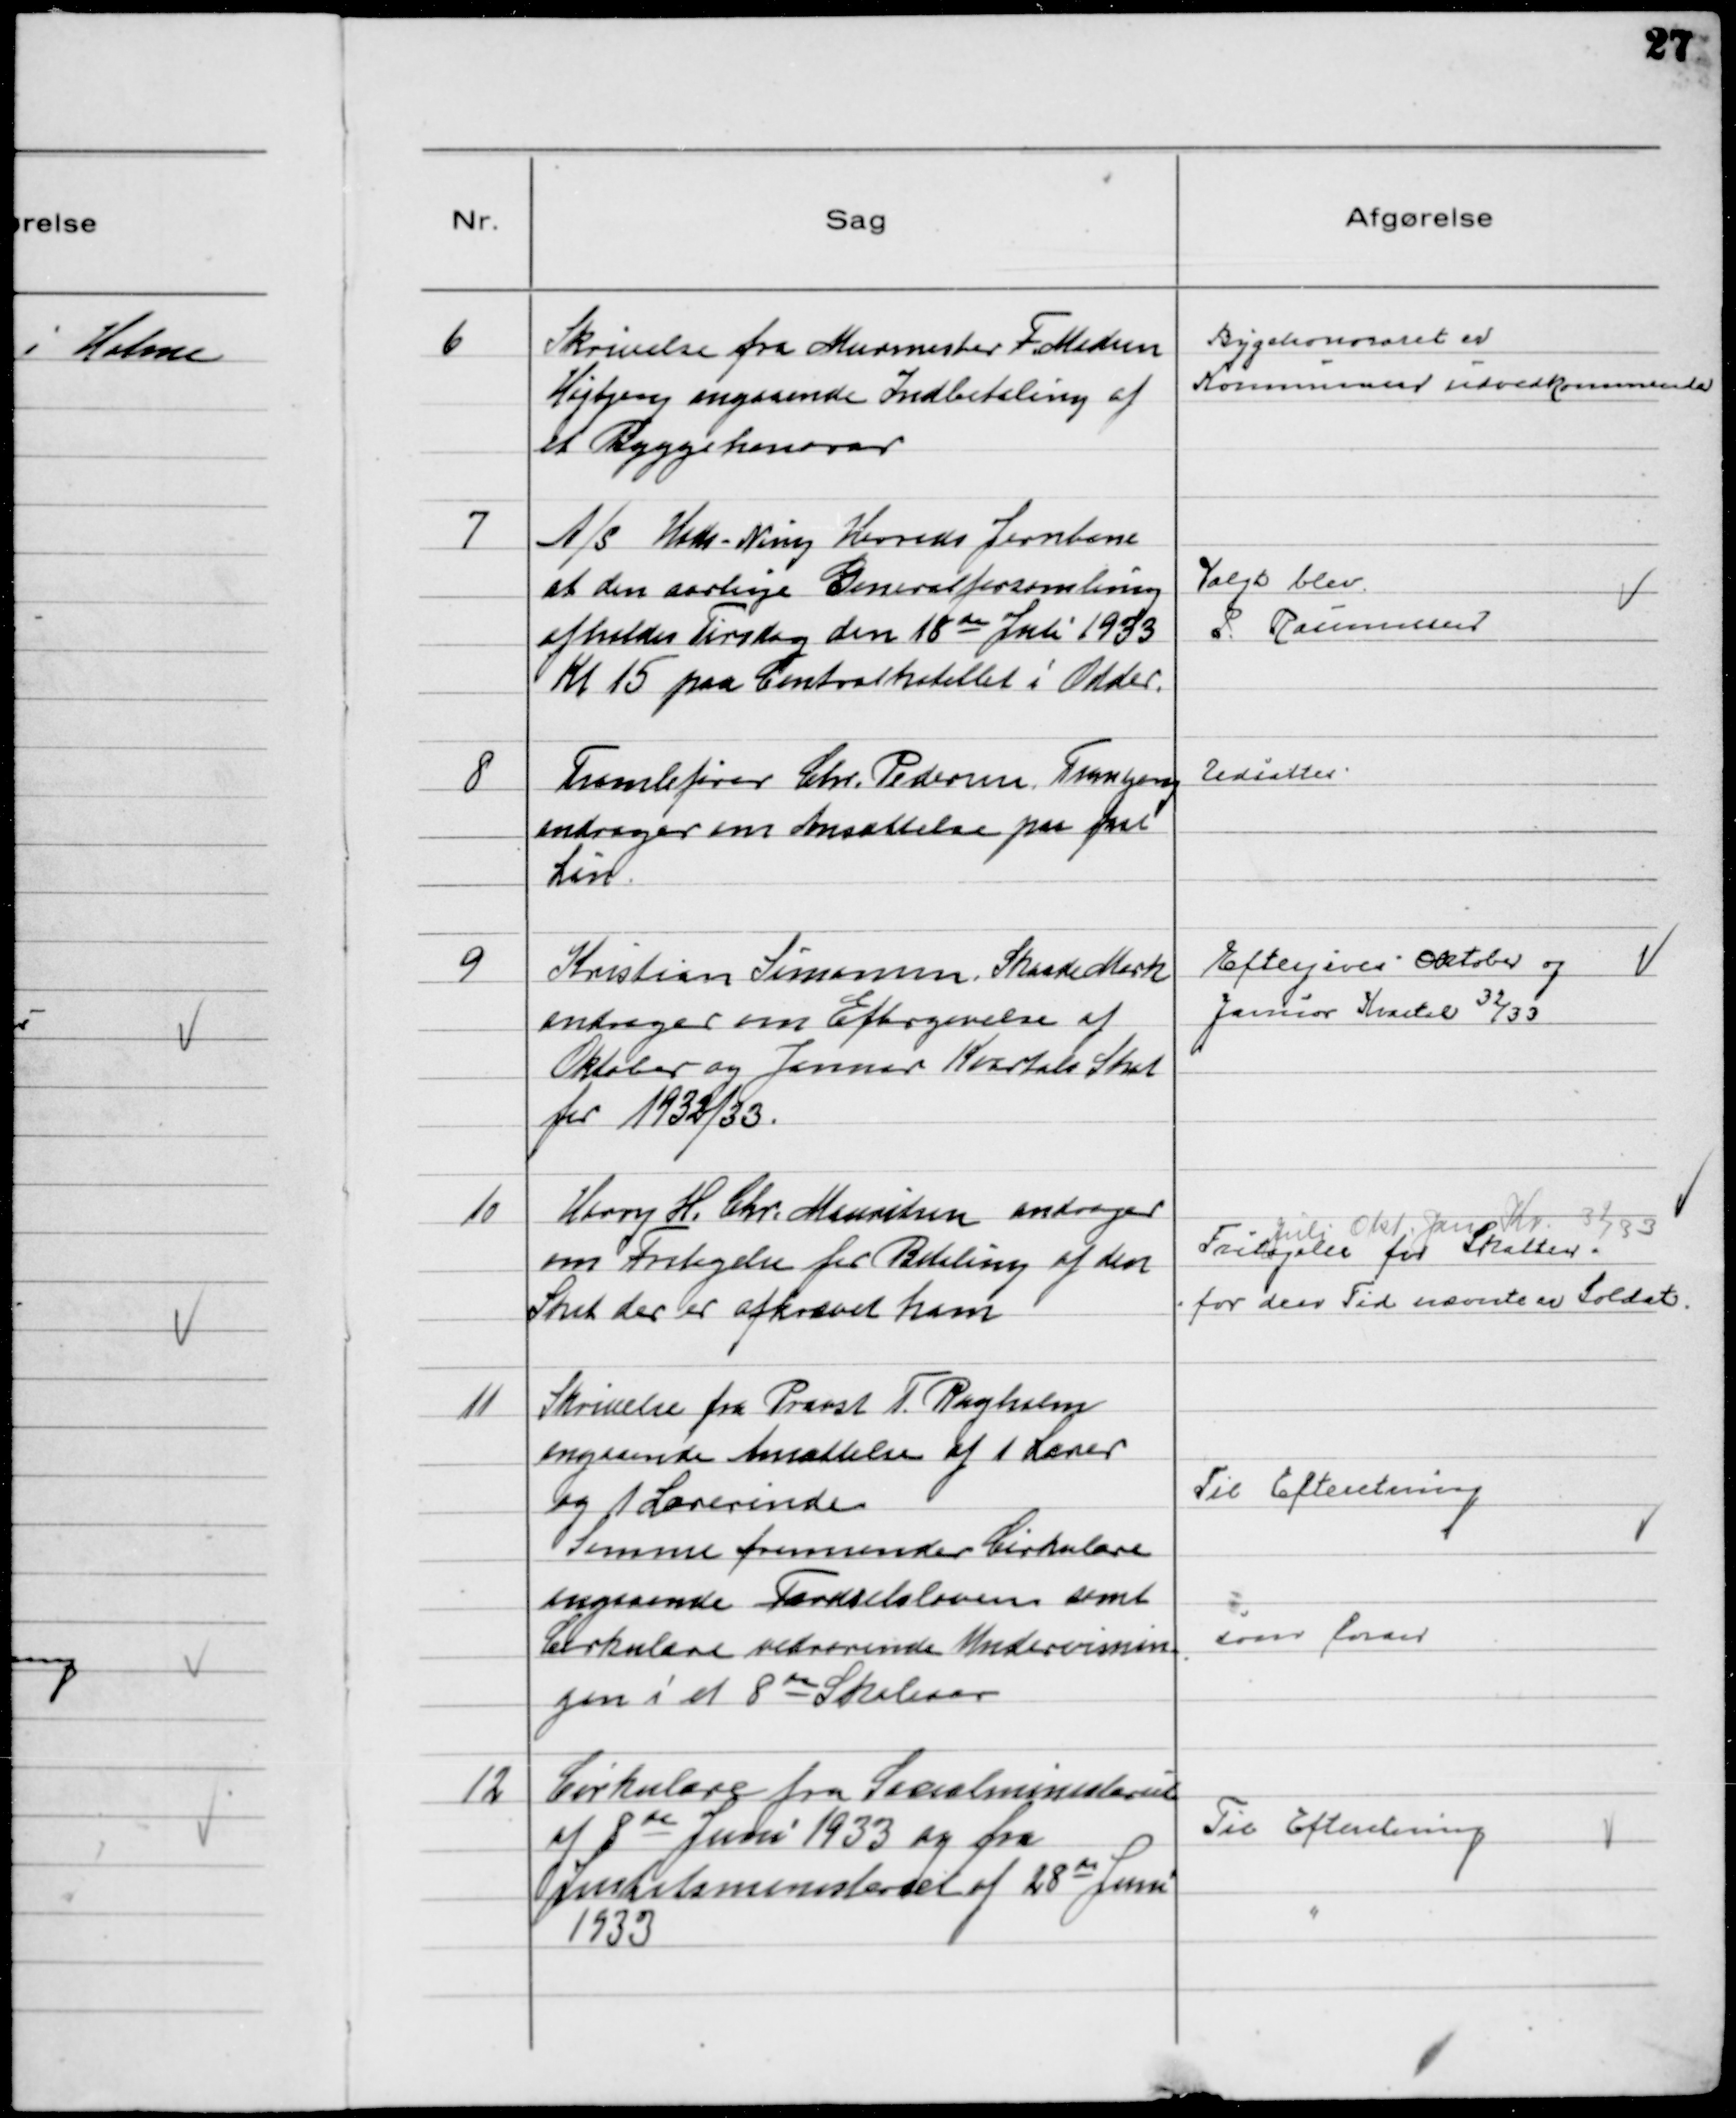
Transskription:
6
Skrivelse fra Murmester F. Madsen
Højbjerg angaaende Indbetaling af
et Byggehonorar

Byggehonoraret er
Kommunen uvedkommende

7
A/S Hads-Ning Herreds Jernbane
at den aarlige Generalforsamling
afholdes Tirsdag den 18 de Juli 1933
Kl 15 paa Centralhotellet i Odder.

Valgt blev
P. Rasmussen

8
Tromlefører Chr. Pedersen Tranbjerg
andrager om Ansættelse paa fast
Løn.

Udsattes

9
Kristian Simonsen, Skaade Mark
andrager om Eftergivelse af
Oktober og Januar Kvartals Skat
for 1932/33,

Eftergives Oktober og
Januar Kvartal 32/33

10
Harry H. Chr. Mauritsen andrager
om Fritagelse for Betaling af den
Skat der er afkrævet ham

Juli Okt. Jan Kv. 32/33
Fritagelse for Skatten -
for den Tid nævnte er Soldat.

11
Skrivelse fra Provst T. Rugholm
angaaende Ansættelse af 1 Lærer
og Lærerinde
Samme fremsender Cirkulære
angaaende Færdselsloven samt
Cirkulære vedrørende Undervisnin-
gen i et 8 de Skoleaar

Til Efteretning

som foran

12
Cirkulære fra Socialministeriet
af 8 de Juni 1933 og fra
Justitsministeriet af 28 de Juni
1933

Til Efteretning